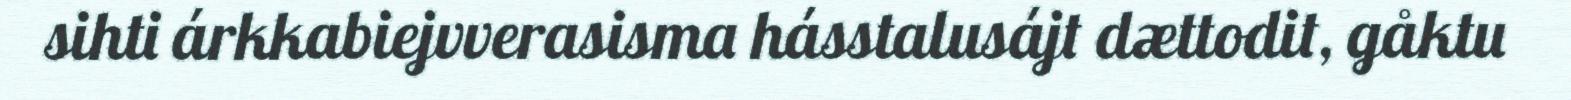
sihti árkkabiejvverasisma hásstalusájt dættodit, gåktu